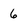
Character: 6